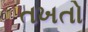
તખતો